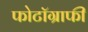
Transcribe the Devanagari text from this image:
फोटॉग्राफी